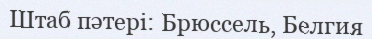
Штаб пәтері: Брюссель, Белгия